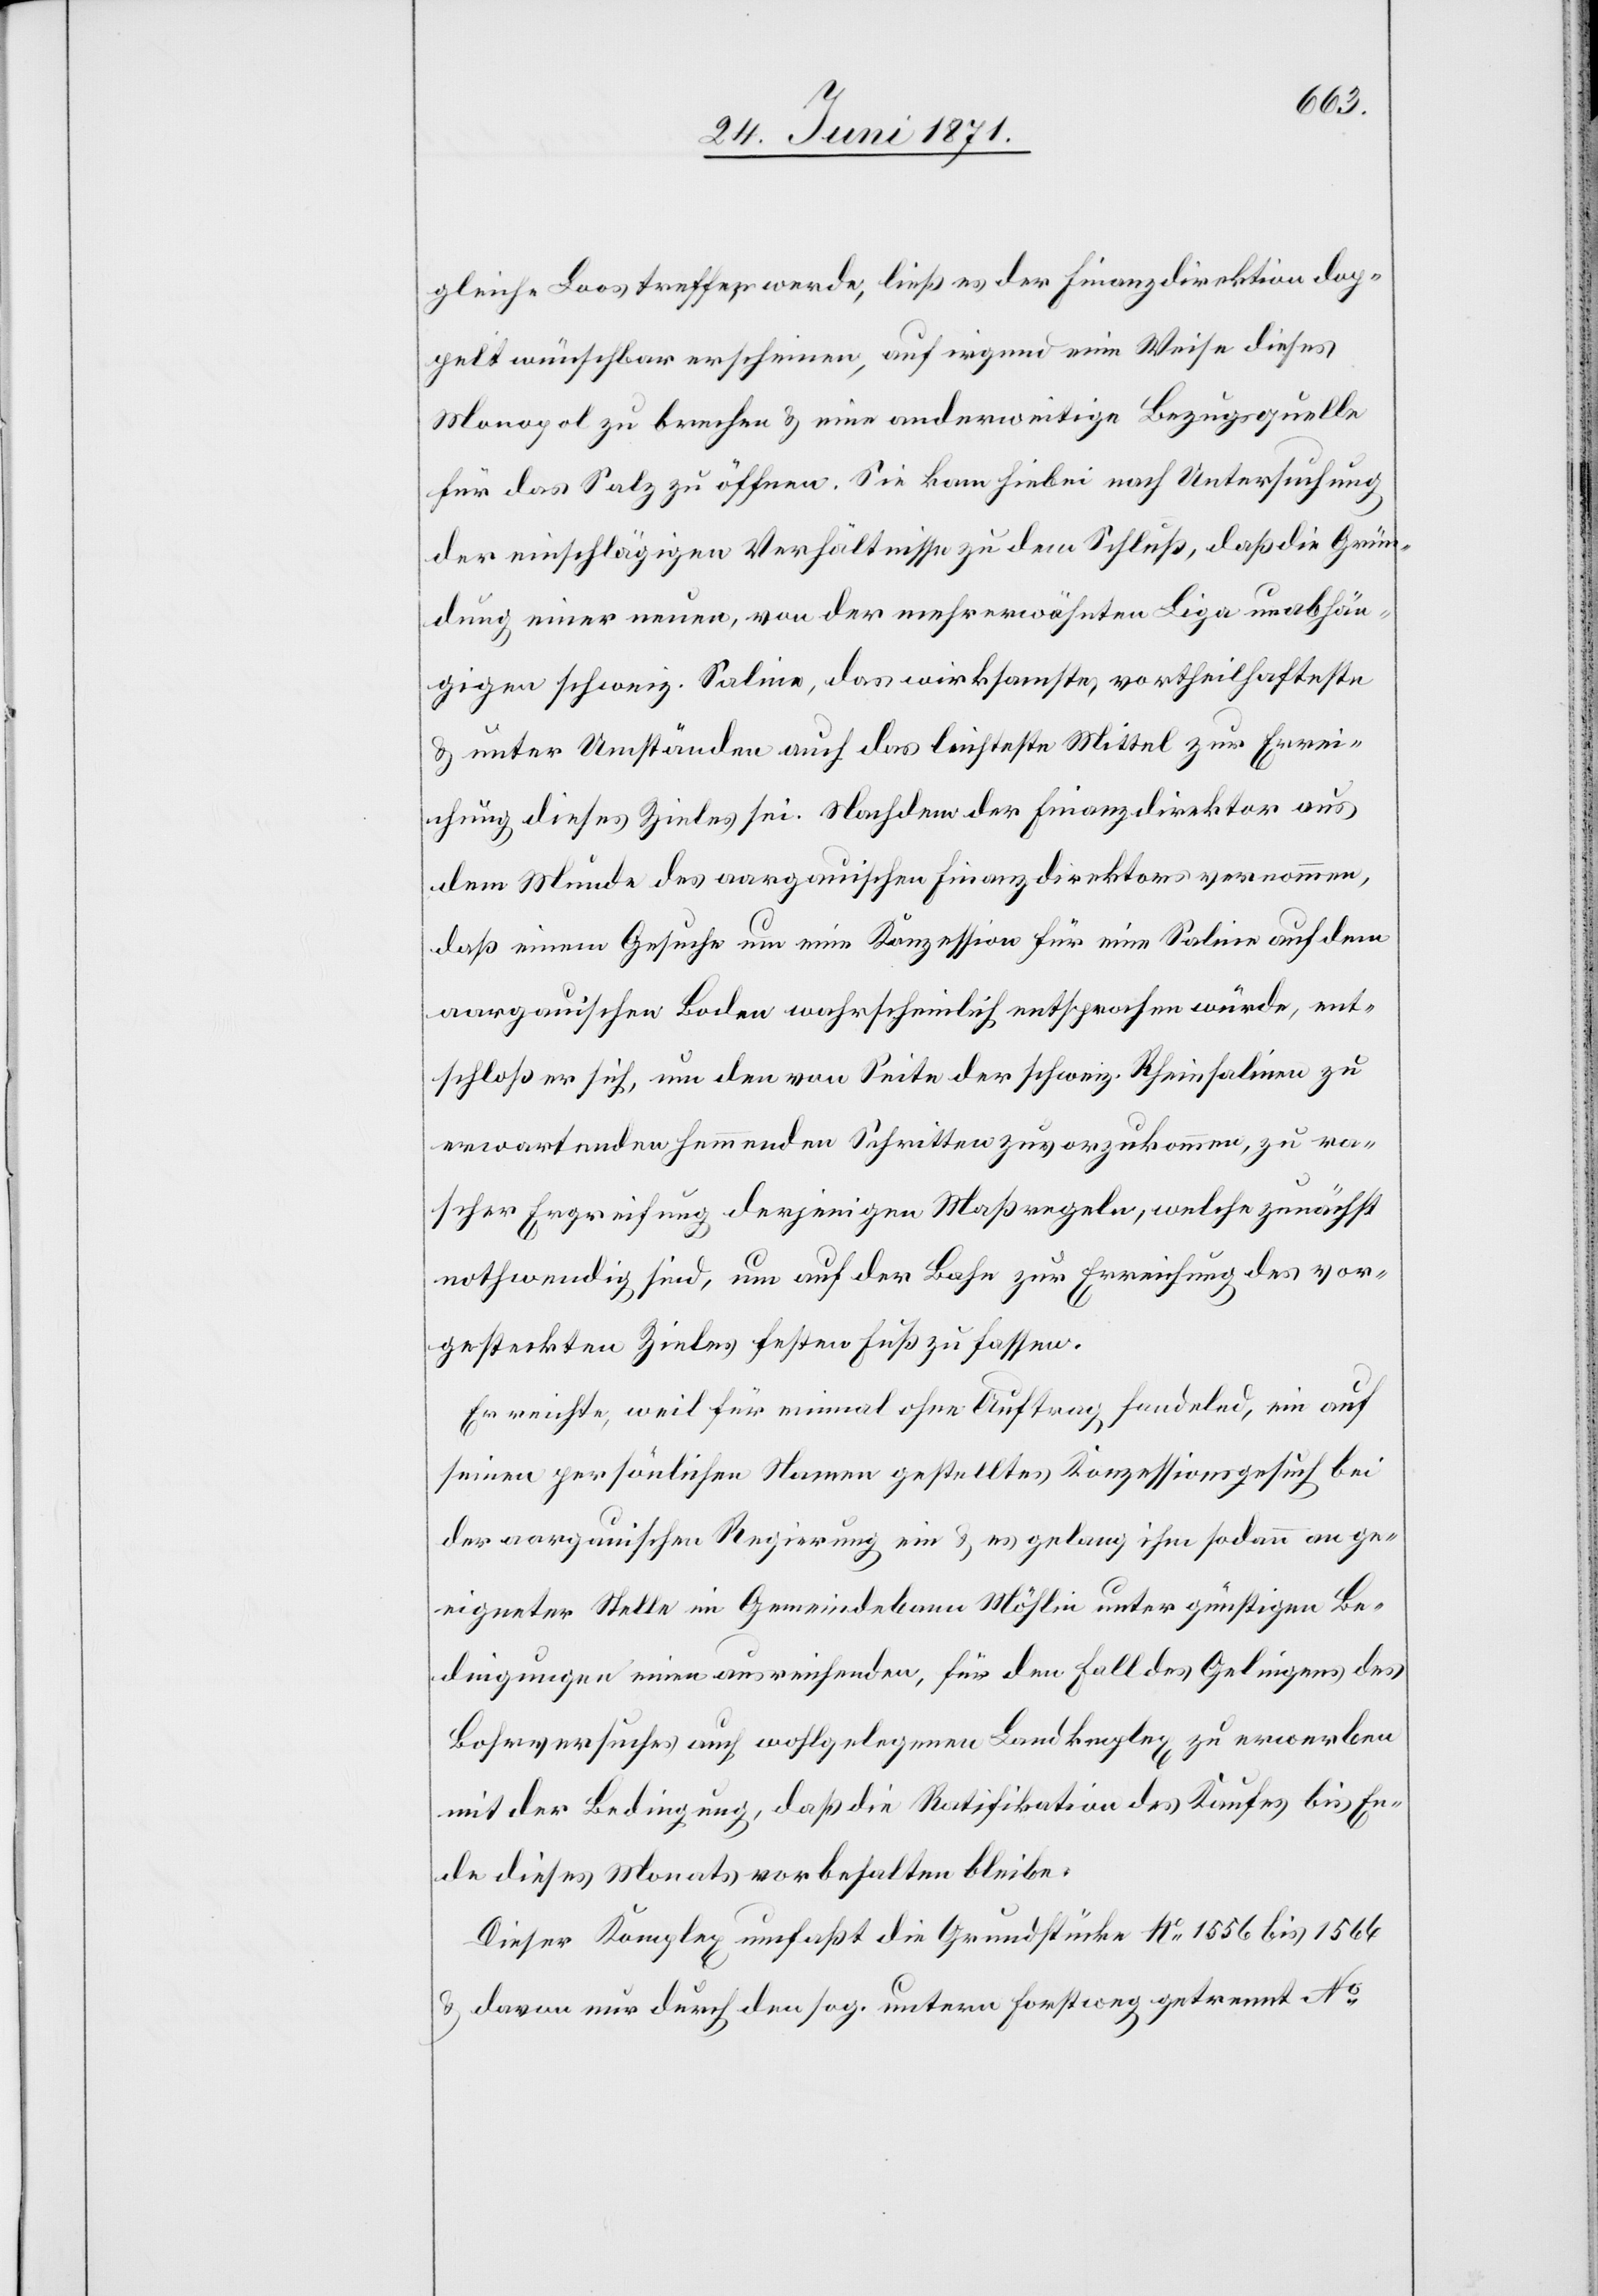
gleiche Loos treffen werde, ließ es der Finanzdirektion dop¬
pelt wünschbar erscheinen, auf irgend eine Weise dieses
Monopol zu brechen u. eine anderweitige Bezugsquelle
für das Salz zu öffnen. Sie kam hiebei nach Untersuchung
der einschlägigen Verhältnisse zu dem Schluß, daß die Grün¬
dung einer neuen, von der mehrerwähnten Liga unabhän¬
gigen schweiz. Saline, das wirksamste, vortheilhafteste
u. unter Umständen auch das leichteste Mittel zur Errei¬
chung dieses Zieles sei. Nachdem der Finanzdirektor aus
dem Munde des aargauischen Finanzdirektors vernommen,
daß einem Gesuche um eine Konzession für eine Saline auf dem
aargauischen Boden wahrscheinlich entsprochen würde, ent¬
schloß er sich, um den von Seite der schweiz. Rheinsalinen zu
erwartenden hemmenden Schritten zuvorzukommen, zu ra¬
scher Ergreifung derjenigen Maßregeln, welche zunächst
nothwendig sind, um auf der Bahn zur Errichtung des vor¬
gesteckten Zieles festen Fuß zu fassen.
Er reichte, weil für einmal ohne Auftrag handelnd, ein auf
seinen persönlichen Namen gestelltes Konzessionsgesuch bei
der aargauischen Regierung ein u. es gelang ihm sodann an ge¬
eigneter Stelle im Gemeindebann Möhlin unter günstigen Be¬
dingungen einen ausreichenden, für den Fall des Gelingens des
Bohrversuches auf wohlgelegenen Landk[o]mplex zu erwerben
mit der Bedingung, daß die Ratifikation des Kaufes bis En¬
de dieses Monats vorbehalten bleibe.
Dieser Komplex umfaßt die Grundstücke No. 1556 bis 1564
u. davon nur durch den sog. untern Forstweg getrennt No.